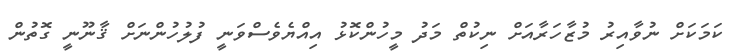
ކަމަކަށް ނުވާއިރު މުޒާހަރާއަށް ނިކުތް މަދު މީހުންކޮޅު އިއްޔެވެސްވަނީ ފުލުހުންނަށް ޤާނޫނީ ގޮތުން